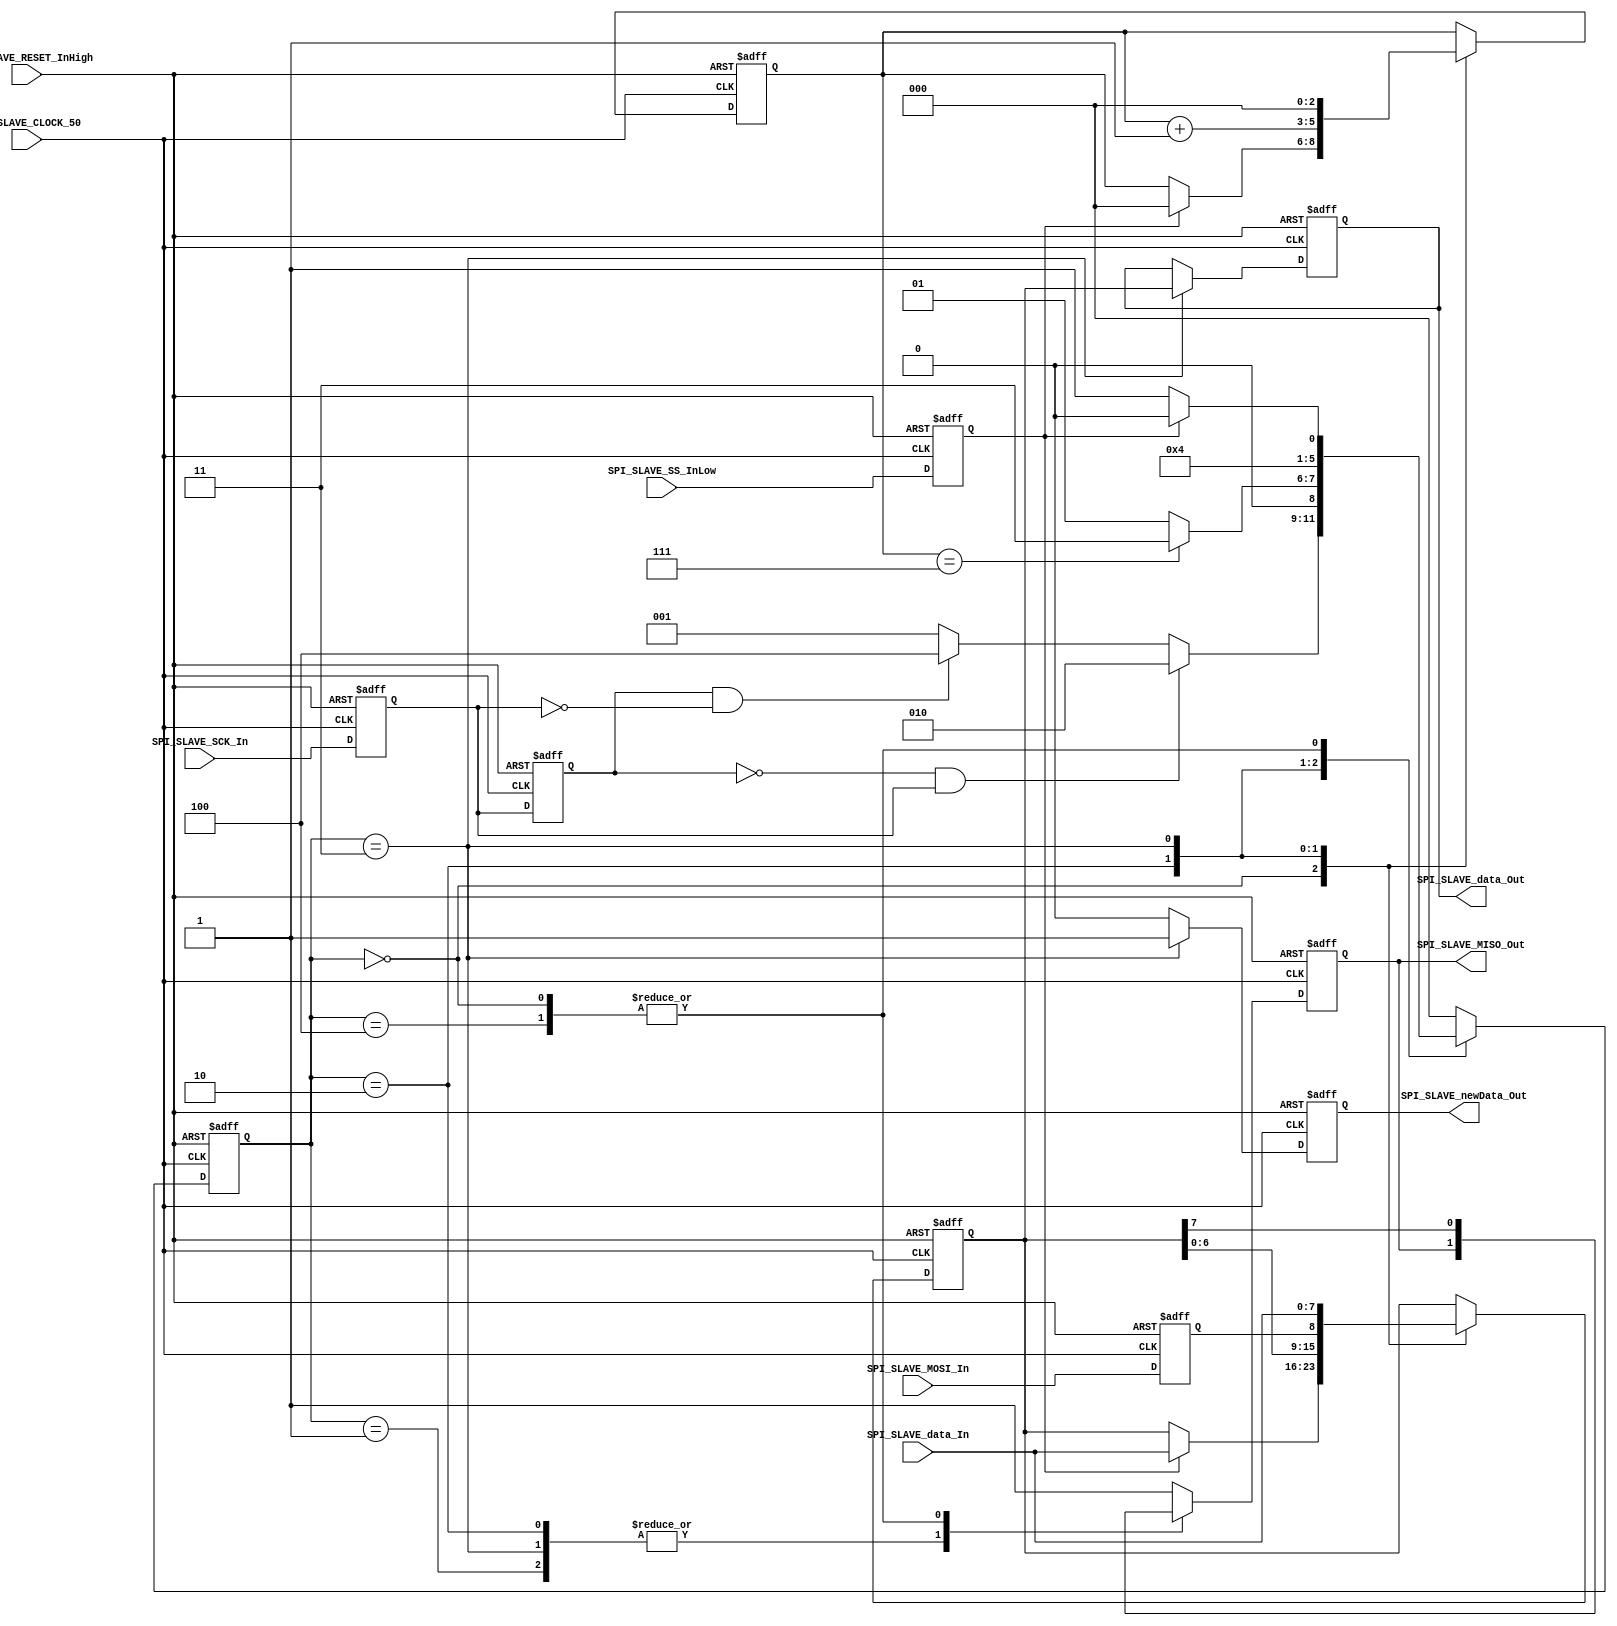
/*###########################################################################
//# G0B1T: HDL SERIAL COMMUNICATION PROTOCOLS. 2020.
//###########################################################################
//# Copyright (C) 2018. F.E.Segura Quijano (FES) fsegura@uniandes.edu.co
//# Copyright (C) 2020. F.A.Acosta David   (FAD) fa.acostad@uniandes.edu.co
//# 
//# This program is free software: you can redistribute it and/or modify
//# it under the terms of the GNU General Public License as published by
//# the Free Software Foundation, version 3 of the License.
//#
//# This program is distributed in the hope that it will be useful,
//# but WITHOUT ANY WARRANTY; without even the implied warranty of
//# MERCHANTABILITY or FITNESS FOR A PARTICULAR PURPOSE.  See the
//# GNU General Public License for more details.
//#
//# You should have received a copy of the GNU General Public License
//# along with this program.  If not, see <http://www.gnu.org/licenses/>
//#########################################################################*/

//===========================================================================
//  MODULE Definition
//===========================================================================
module SPI_SLAVE #(parameter DATAWIDTH_BUS = 8, parameter STATE_SIZE = 3)(
//////////// OUTPUTS ////////////
	SPI_SLAVE_MISO_Out,
	SPI_SLAVE_newData_Out,
	SPI_SLAVE_data_Out,
//////////// INPUTS ////////////
	SPI_SLAVE_CLOCK_50,
	SPI_SLAVE_RESET_InHigh,
	SPI_SLAVE_SS_InLow,
	SPI_SLAVE_MOSI_In,
	SPI_SLAVE_SCK_In,
	SPI_SLAVE_data_In
);

//===========================================================================
//  PARAMETER Declarations
//===========================================================================
//////////// STATES ////////////
localparam		State_IDLE = 3'b000;
localparam		State_EDGE = 3'b001;
localparam		State_RISE_EDGE = 3'b010;
localparam		State_NEW_DATA = 3'b011;
localparam		State_FALL_EDGE = 3'b100;
//////////// SIZES ////////////

//===========================================================================
//  PORT Declarations
//===========================================================================
//////////// OUTPUTS ////////////
output	SPI_SLAVE_MISO_Out;
output	SPI_SLAVE_newData_Out;
output	[DATAWIDTH_BUS-1:0] SPI_SLAVE_data_Out;
//////////// INPUTS ////////////
input 	SPI_SLAVE_CLOCK_50;
input 	SPI_SLAVE_RESET_InHigh;
input		SPI_SLAVE_SS_InLow;
input		SPI_SLAVE_MOSI_In;
input		SPI_SLAVE_SCK_In;
input		[DATAWIDTH_BUS-1:0] SPI_SLAVE_data_In;
//////////// FLAGS ////////////

//===========================================================================
//  REG/WIRE Declarations
//===========================================================================
//////////// REGISTERS ////////////
// Master Input Slave Output data transmitter 
reg MISO_Register;
// Boolean variable to inform of new data
reg NewData_Register;
// Byte size register with the data to send to the master
reg [DATAWIDTH_BUS-1:0] DataOut_Register;
// Current state of the protocol
reg [STATE_SIZE-1:0] State_Register;
// Shift Slave variable that points out if the master allows data transmission
reg SS_Register;
// Master Output Slave Input data transmitter
reg MOSI_Register;
// Clock signal that synchronizes the Master and Slave modules
reg SCK_Register;
// Value inmediately prior to SCK signal
reg SCKOld_Register;
// Data in terms of bytes comming from the master 
reg [DATAWIDTH_BUS-1:0] Data_Register;
// Counter for the number of bits carried out so far
reg [2:0] BitCounter_Register;
//////////// SIGNALS ////////////
reg MISO_Signal;
reg NewData_Signal;
reg [DATAWIDTH_BUS-1:0] DataOut_Signal;
reg [STATE_SIZE-1:0] State_Signal;
reg SS_Signal;
reg MOSI_Signal;
reg SCK_Signal;
reg SCKOld_Signal;
reg [DATAWIDTH_BUS-1:0] Data_Signal;
reg [2:0] BitCounter_Signal;

//===========================================================================
//  STRUCTURAL Coding
//===========================================================================
// INPUT LOGIC: Combinational
always @(*)
	begin
		// To init registers
		MOSI_Signal = SPI_SLAVE_MOSI_In;
		SS_Signal = SPI_SLAVE_SS_InLow;
		SCK_Signal = SPI_SLAVE_SCK_In;
		SCKOld_Signal = SCK_Register;
		Data_Signal = Data_Register;
		BitCounter_Signal = BitCounter_Register;
		
		case (State_Register)
			State_IDLE:
				begin
					if (SS_Register)
						begin
							State_Signal = State_IDLE;
							BitCounter_Signal = 3'b000;
							Data_Signal = SPI_SLAVE_data_In;
						end
					else
						State_Signal = State_EDGE;
				end
					
			State_EDGE:
				begin
					if (!SCKOld_Register && SCK_Register)
						State_Signal = State_RISE_EDGE;
					else if (SCKOld_Register && !SCK_Register)
						State_Signal = State_FALL_EDGE;
					else
						State_Signal = State_EDGE;
				end
					
			State_RISE_EDGE:
				begin
					BitCounter_Signal = BitCounter_Register + 1'b1;
					Data_Signal = {Data_Register[6:0],MOSI_Register};
					if (BitCounter_Register == DATAWIDTH_BUS-1)
						State_Signal = State_NEW_DATA;
					else
						State_Signal = State_EDGE;
				end
				
			State_NEW_DATA:
				begin
					State_Signal = State_EDGE;
					BitCounter_Signal = 3'b000;
					Data_Signal = SPI_SLAVE_data_In;
				end
			
			State_FALL_EDGE:
				begin
					if (SS_Register)
						State_Signal = State_IDLE;
					else
						State_Signal = State_EDGE;
				end
				
			default: State_Signal = State_IDLE;
		endcase
	end
	
// STATE REGISTER : Sequential
always @(posedge SPI_SLAVE_CLOCK_50, posedge SPI_SLAVE_RESET_InHigh)
	begin
		if (SPI_SLAVE_RESET_InHigh)
			begin
				MISO_Register <= 1'b1;
				NewData_Register <= 1'b0;
				DataOut_Register <= {DATAWIDTH_BUS{1'b0}};
				State_Register <= State_IDLE;
				SS_Register <= 1'b1;
				MOSI_Register <= 1'b1;
				SCK_Register <= 1'b0;
				SCKOld_Register <= 1'b0;
				Data_Register <= {DATAWIDTH_BUS{1'b0}};
				BitCounter_Register <= 3'b000;
			end
			
		else
			begin
				MISO_Register <= MISO_Signal;
				NewData_Register <= NewData_Signal;
				DataOut_Register <= DataOut_Signal;
				State_Register <= State_Signal;
				SS_Register <= SS_Signal;
				MOSI_Register <= MOSI_Signal;
				SCK_Register <= SCK_Signal;
				SCKOld_Register <= SCKOld_Signal;
				Data_Register <= Data_Signal;
				BitCounter_Register <= BitCounter_Signal;
			end
	end
	
//===========================================================================
//  OUTPUTS
//===========================================================================
// OUTPUT LOGIC: Combinational
always @(*)
	begin
		// To init registers
		//MISO_Signal = MISO_Register;
		//NewData_Signal = NewData_Register;
		//DataOut_Signal = DataOut_Register;

		case (State_Register)
			State_IDLE:
				begin
					MISO_Signal = Data_Register[7];
					NewData_Signal = 1'b0;
					DataOut_Signal = DataOut_Register;
				end
			
			State_EDGE: 
				begin
					MISO_Signal = MISO_Register;
					NewData_Signal = 1'b0;
					DataOut_Signal = DataOut_Register;
				end
				
			State_RISE_EDGE:		
				begin
					MISO_Signal = MISO_Register;
					NewData_Signal = 1'b0;
					DataOut_Signal = DataOut_Register;
				end
				
			State_NEW_DATA:		
				begin
					MISO_Signal = MISO_Register;
					NewData_Signal = 1'b1;
					DataOut_Signal = Data_Register;
				end
				
			State_FALL_EDGE:
				begin		
					MISO_Signal = Data_Register[7];
					NewData_Signal = 1'b0;
					DataOut_Signal = DataOut_Register;
				end

			default:
				begin
					MISO_Signal = 1'b1;
					NewData_Signal = 1'b0;
					DataOut_Signal = DataOut_Register;
				end
		endcase
	end
	
// OUTPUT ASSIGNMENTS
assign SPI_SLAVE_MISO_Out = MISO_Register;
assign SPI_SLAVE_newData_Out = NewData_Register;
assign SPI_SLAVE_data_Out = DataOut_Register;

endmodule